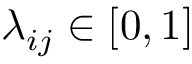
\lambda _ { i j } \in [ 0 , 1 ]